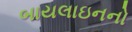
બાયલાઇનનો